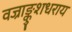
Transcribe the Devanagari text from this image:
वज्राङ्कुशधराय